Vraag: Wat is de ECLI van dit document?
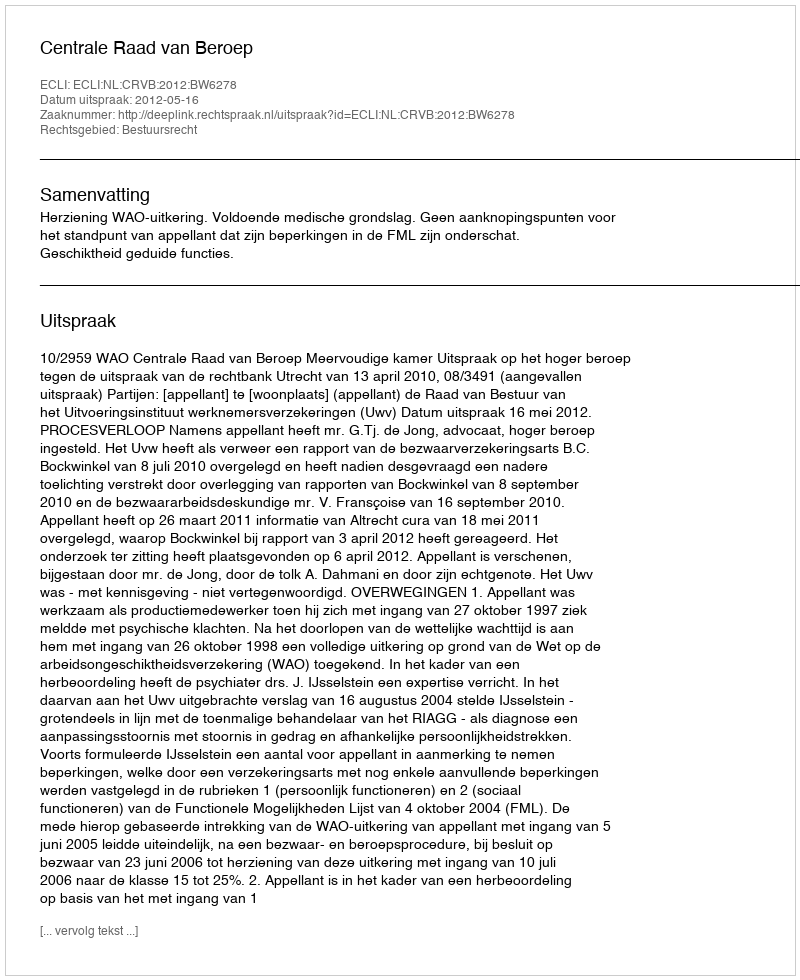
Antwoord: ECLI:NL:CRVB:2012:BW6278